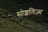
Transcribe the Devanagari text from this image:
सोशलिज़्म